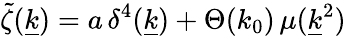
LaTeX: \widetilde\zeta(\underline{{k}})=a\, \delta^{4}(\underline{{k}})+\Theta(k_{0})\, \mu(\underline{{k}}^{2})